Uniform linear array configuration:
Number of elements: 4
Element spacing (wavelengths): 0.75
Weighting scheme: exponential
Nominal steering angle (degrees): -60
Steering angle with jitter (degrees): -61.148
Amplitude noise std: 0.05
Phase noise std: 0.05

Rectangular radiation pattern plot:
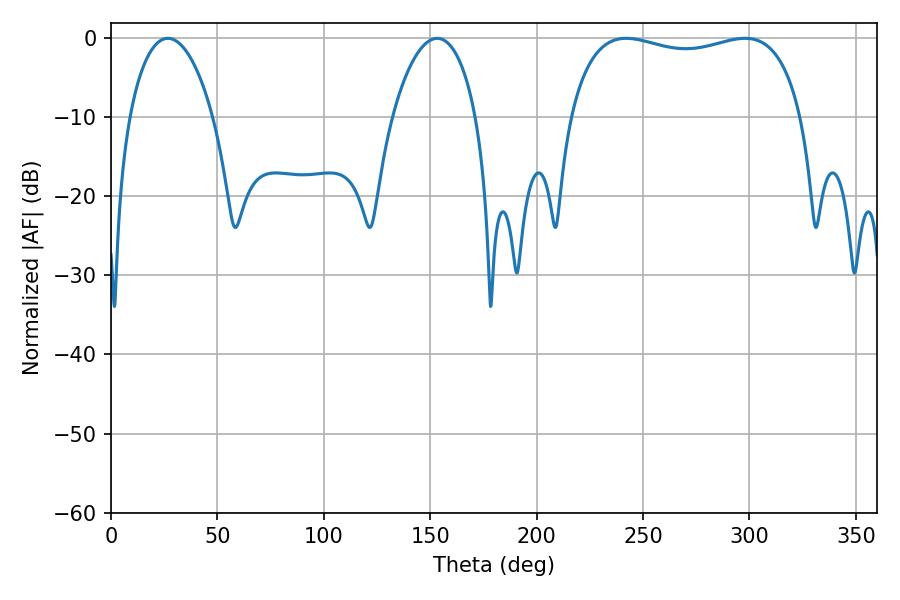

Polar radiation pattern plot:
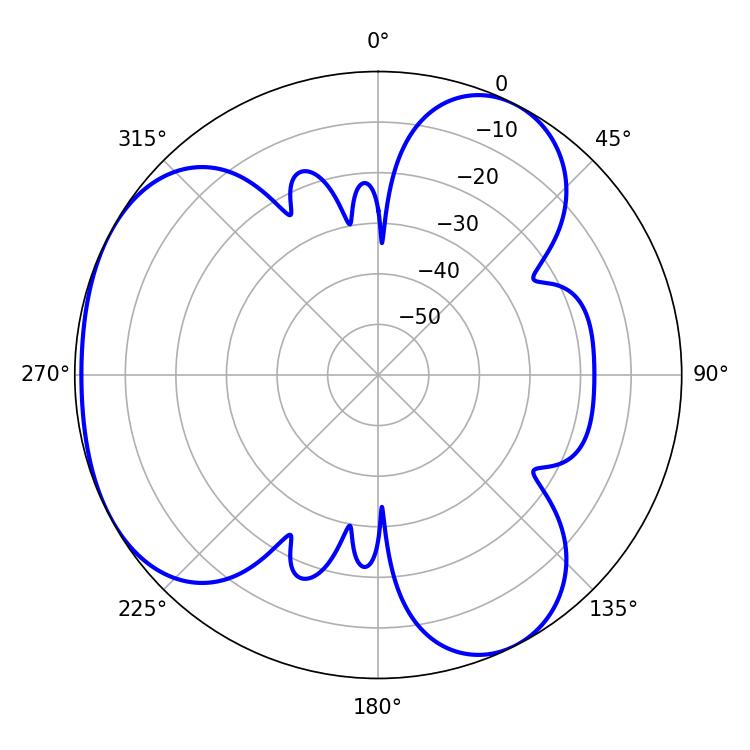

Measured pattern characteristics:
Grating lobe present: TRUE
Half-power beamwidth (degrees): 89.28
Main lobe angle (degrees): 242.1